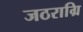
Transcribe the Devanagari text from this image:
जठराग्रि